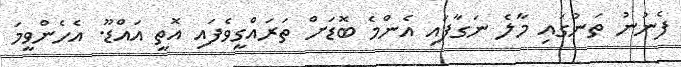
ފެނުނު ތަނުގައި މާލެ ނަގާފައި އެންމެ ބޮޑަށް ތަރައްގީވެފައި އޮތީ އައްޑޫ. އެހެންވީމަ